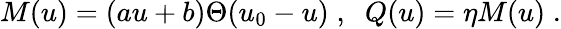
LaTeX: M(u)=(au+b)\Theta(u_{0}-u)\; ,\; \; Q(u)=\eta M(u)\; .